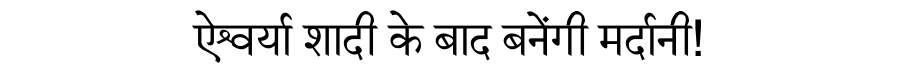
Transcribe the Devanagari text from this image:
ऐश्वर्या शादी के बाद बनेंगी मर्दानी!